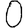
Digit: 0